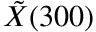
\tilde { X } ( 3 0 0 )